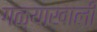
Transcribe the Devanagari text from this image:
गळ्याखाली